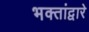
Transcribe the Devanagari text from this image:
भक्तांद्वारे